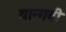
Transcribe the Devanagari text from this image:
यान्गबी